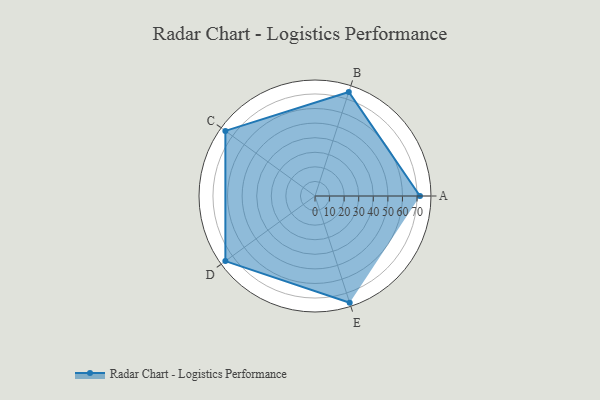
{"axis": {"x": "Skill", "y": "Score"}, "legend": ["Profile"], "data": [{"x": "A", "y": 72.0, "type": "Profile"}, {"x": "B", "y": 75.0, "type": "Profile"}, {"x": "C", "y": 76.0, "type": "Profile"}, {"x": "D", "y": 76.0, "type": "Profile"}, {"x": "E", "y": 77.0, "type": "Profile"}]}